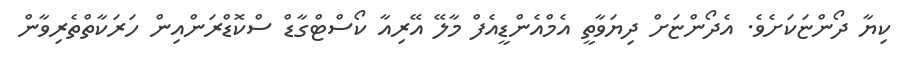
ކިޔާ ދޯންޏަކަށެވެ. އެދޯންޏަށް ދިޔަވާތީ އެމްްއެންޑީއެފް މާލޭ އޭރިއާ ކޯސްޓްގާޑް ސްކޮޑްރަންއިން ހަރަކާތްތެރިވާން